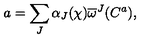
a = \sum _ { J } \alpha _ { J } ( \chi ) \overline { { \omega } } ^ { J } ( C ^ { a } ) ,